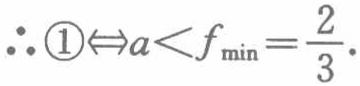
\(\therefore  \textcircled{1}\Leftrightarrow a < f_{\min}=\dfrac{2}{3}.\)